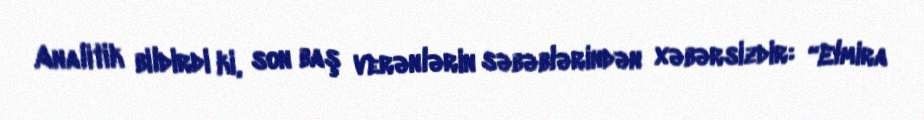
Analitik bildirdi ki, son baş verənlərin səbəblərindən xəbərsizdir: “Elmira